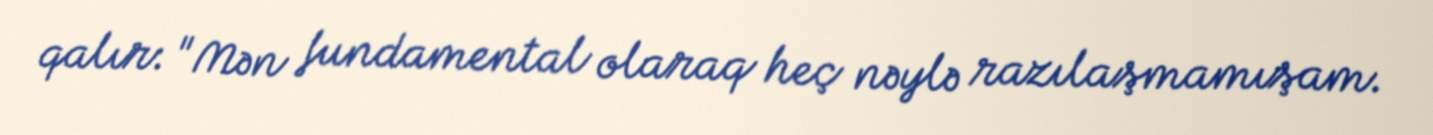
qalır: "Mən fundamental olaraq heç nəylə razılaşmamışam.